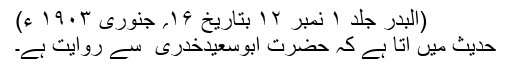
(البدر جلد ۱ نمبر ۱۲ بتاریخ ۱۶؍ جنوری ۱۹۰۳ ء)
حدیث میں آتا ہے کہ حضرت ابوسعیدخدری ؓ سے روایت ہے۔